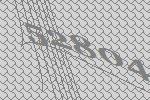
52804